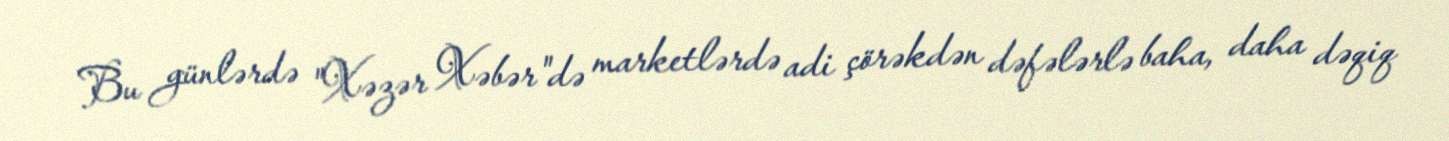
Bu günlərdə "Xəzər Xəbər"də marketlərdə adi çörəkdən dəfələrlə baha, daha dəqiq